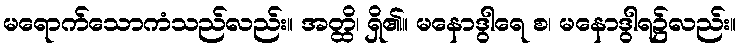
မရောက်သောကံသည်လည်း။ အတ္ထိ၊ ရှိ၏။ မနောဒွါရေ စ၊ မနောဒွါရ၌လည်း။